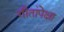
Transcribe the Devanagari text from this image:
गीतांपेक्षा